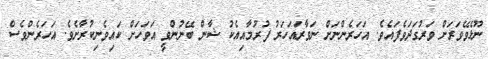
ނޫޅެވޭވަރަށް ވަރުގަދަވެފައެވެ. އަހަރެންނަށް ނަވާރައަހަރު ފުރުމާއިއެކު ޝާން ބޭނުންވީ އަވަހަށް ކައިވެނިކުރާށެވެ. އަހަރެންވެސް